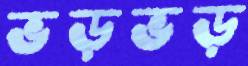
ভড়ভড়